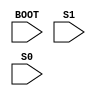
/* verilator lint_off UNUSED */
/* verilator lint_off UNDRIVEN */
(* blackbox, keep *)
module SB_WARMBOOT (
	input BOOT,
	input S1,
	input S0
);
endmodule
/* verilator lint_on UNUSED */
/* verilator lint_on UNDRIVEN */